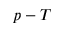
p - T